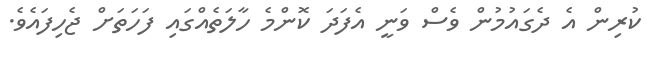
ކުރިން އެ ދެގައުމުންް ވެސް ވަނީ އެފަދަ ކޮޮންމެ ހާލަތެއްގައި ފަހަތަށް ޖެހިފައެވެ.